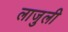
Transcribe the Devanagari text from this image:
लाजुली